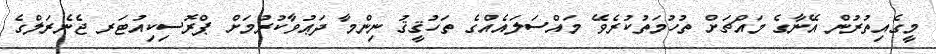
މީގެއިތުރުން އޭނާގެ މައްޗަށް ތުހުމަތުކުރެވޭ މައްސަލައެއްގެ ތަހުޤީޤު ނިންމާ ދަޢުވާކުރުމަށް ޕްރޮސިކިއުޓަރ ޖެނެރަލްގެ